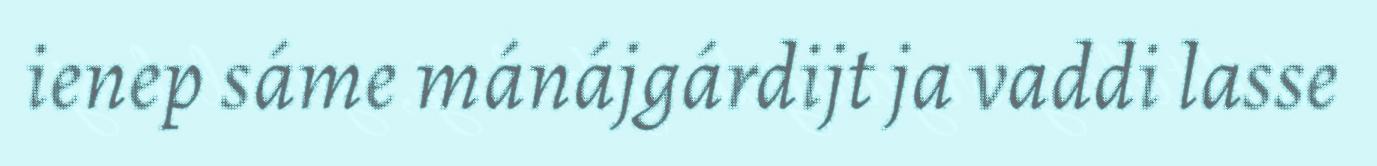
ienep sáme mánájgárdijt ja vaddi lasse